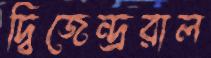
দ্বিজেন্দ্ররাল